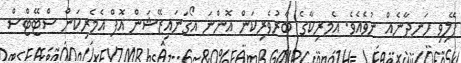
ފޭލިވި ހަނދާނެއް ނުވެއެވެ. އެމރިކާގެ ބާރުވެރިކަން އޮންނަ އޯގަނައިޒޭޝަން އޮފް އެމެރިކަން ސްޓޭޓްސް